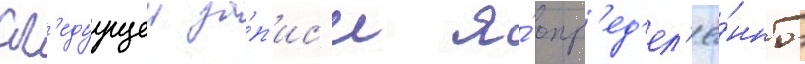
сл'едуущеи за́п'ис'и я́ опр'ед'ел'ё́нно